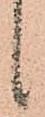
候